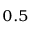
_ { 0 . 5 }